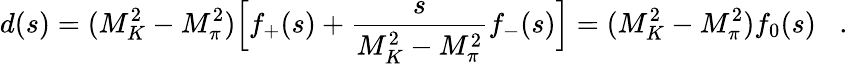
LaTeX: d(s)=(M_{K}^{2}-M_{\pi}^{2})\Big[f_{+}(s)+{\frac{s}{M_{K}^{2}-M_{\pi}^{2}}}f_{-}(s)\Big]=(M_{K}^{2}-M_{\pi}^{2})f_{0}(s)\; \; \; .